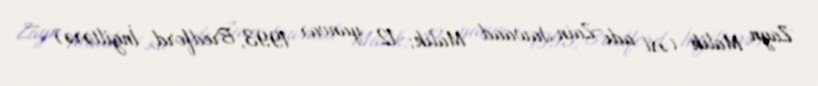
Zayn Malik (əsl adı Zain Jawaad Malik; 12 yanvar 1993, Bredford, İngiltərə) —